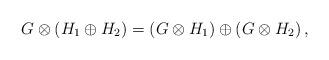
LaTeX: \begin{align*}G\otimes \left(H_1 \oplus H_2\right)=\left(G\otimes H_1\right)\oplus\left(G\otimes H_2\right),\end{align*}